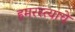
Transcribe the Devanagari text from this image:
हमरस्त्याचे